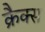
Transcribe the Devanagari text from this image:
क्रैक्‍स